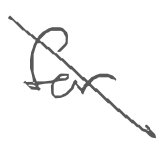
Text: for
Cross-out: diagonal
Writing tool: digital_gray